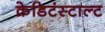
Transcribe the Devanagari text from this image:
क्रेडिटंस्टाल्ट